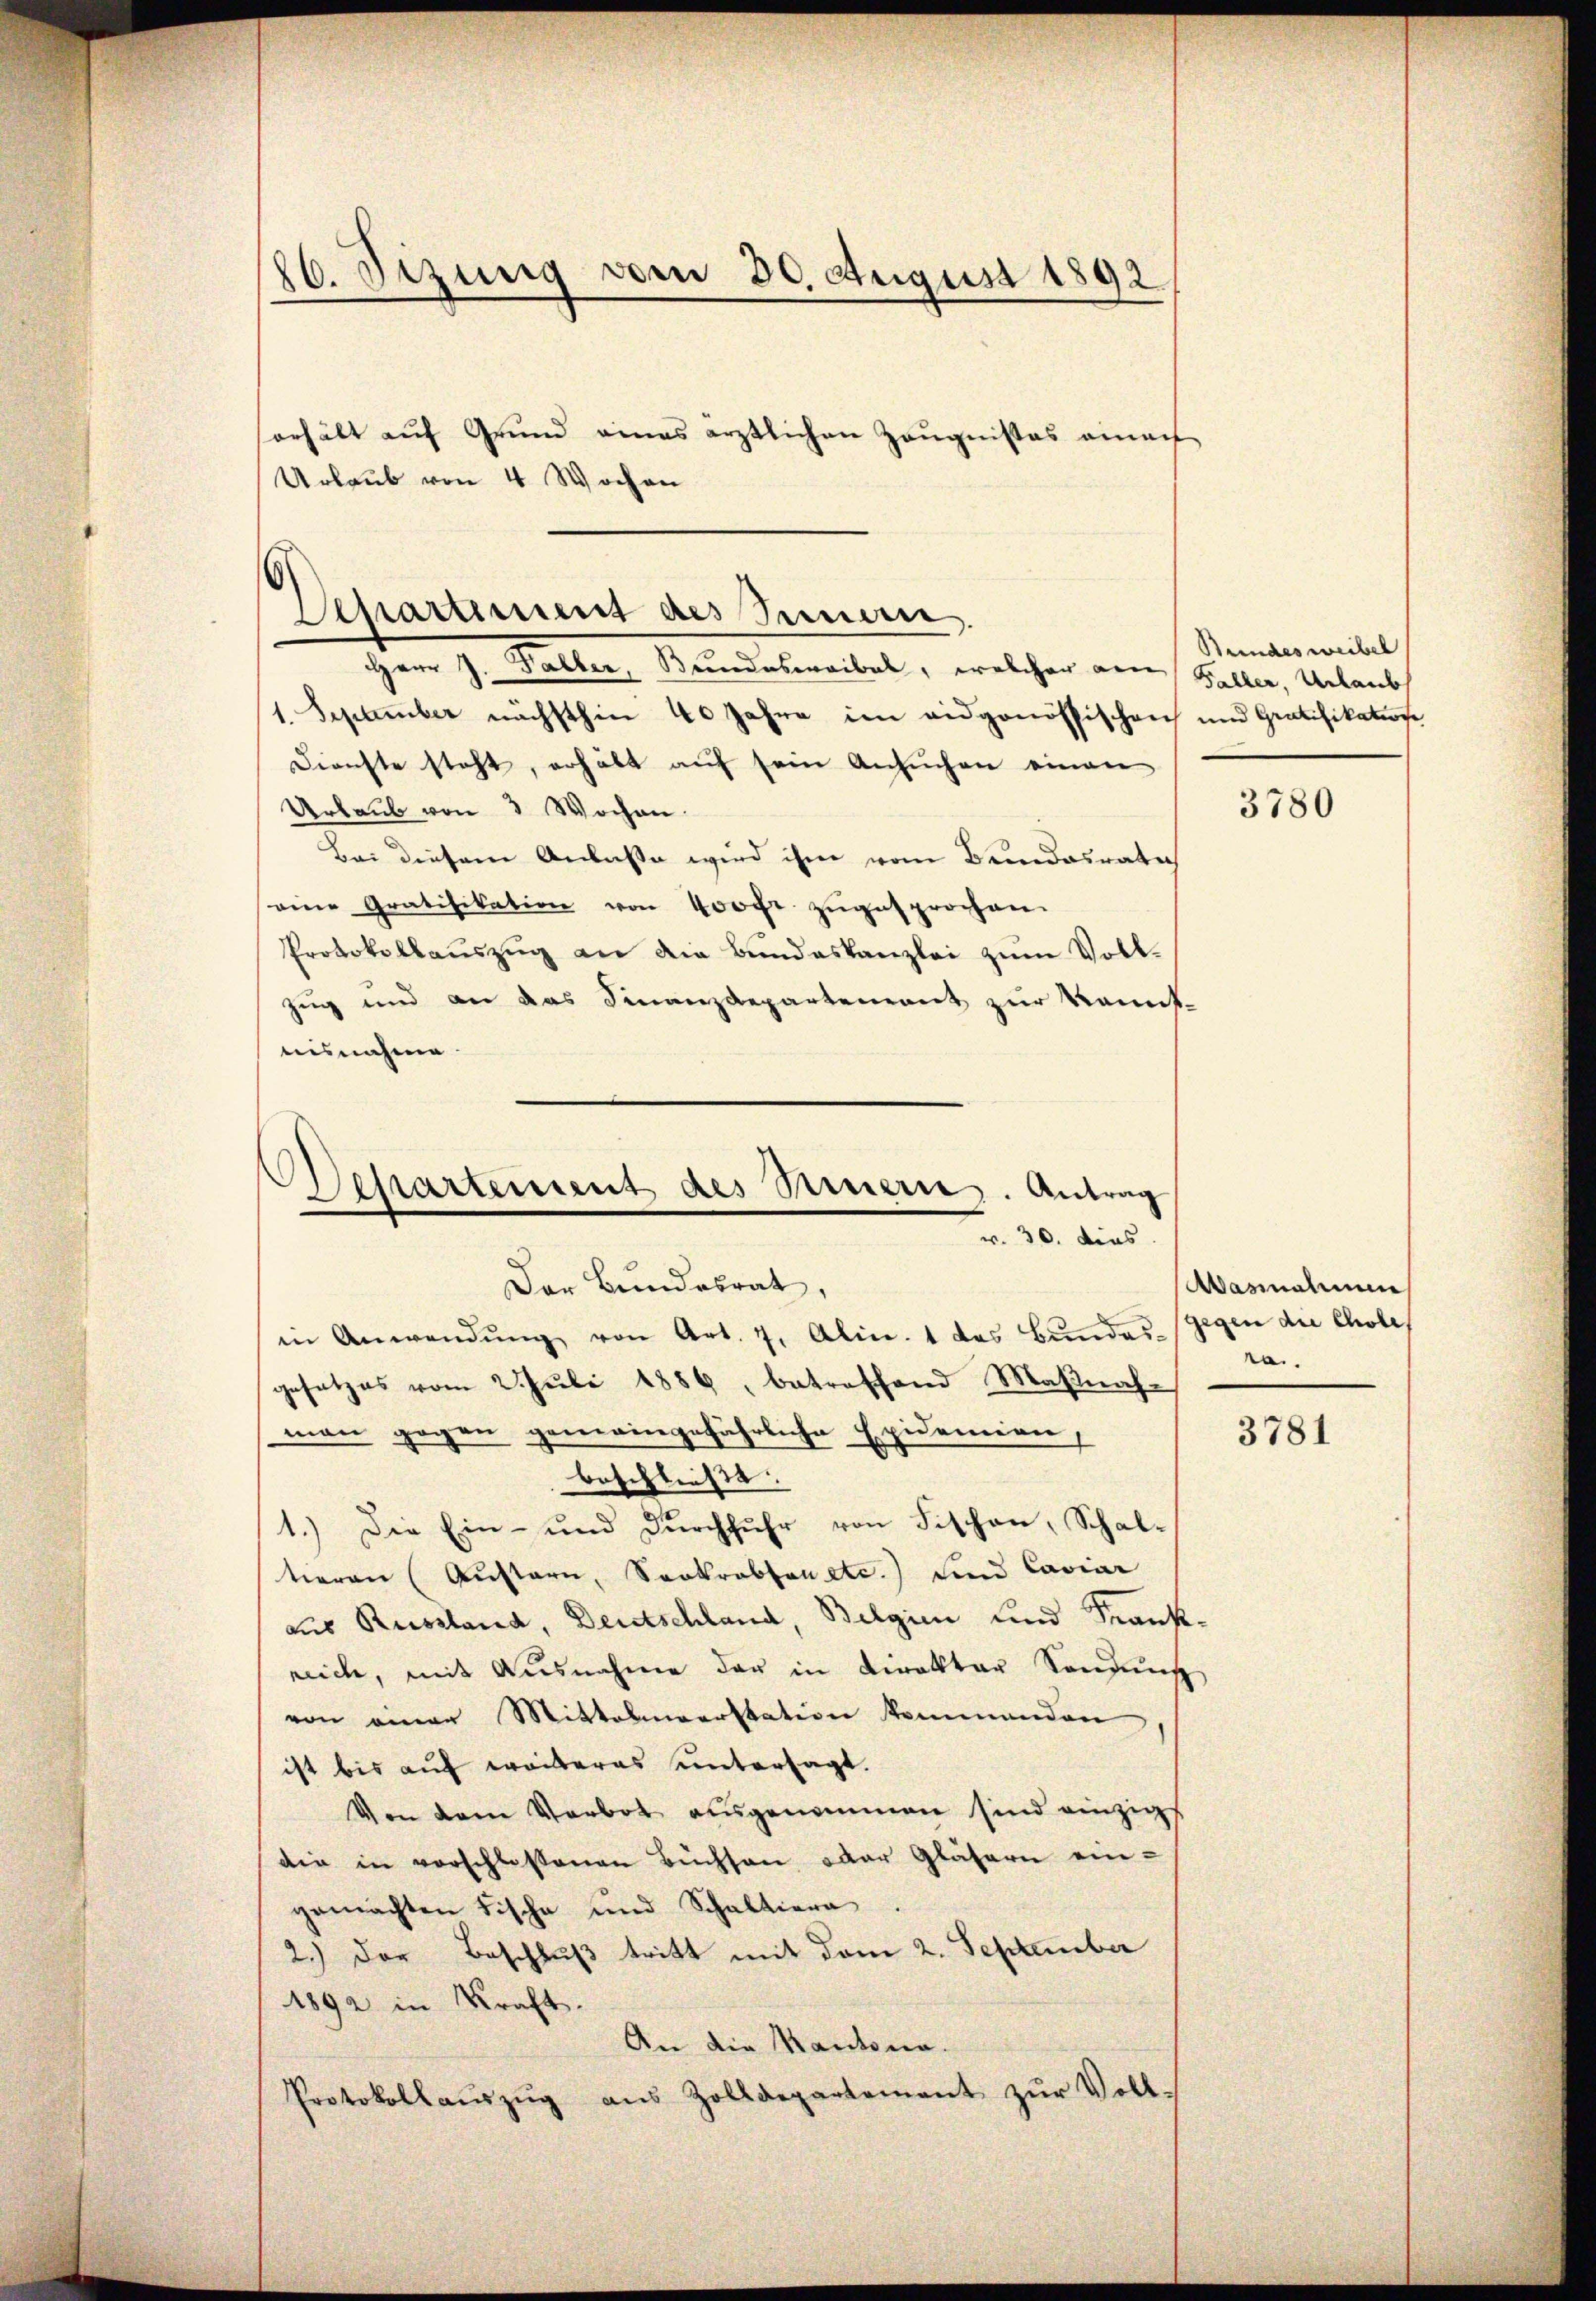
86. Sizung vom 30. August 1892.

Departement des Semen

sorhält aŭf Grund eines ärztlichen Zeugnißes einach
Urlaub von 4 Wochen
Herr J. Falber, Bundeswaibel, welcher am Feller, Urlaubs
1. September nächsthin 40 Jahre im eidgenössischen und Gratifikatione
Dienste steht, erhält aŭf sein Ansŭchen einen
Urlaub von 3 Wochen.
Bei diesem Anlasse wird ihm vom Bundesrate
eine Gratifikation von 400fr. zugesprochen.
Protokollauszug an die Bundeskanzlei zum Voll¬
Zug und an das Finanzdepartement zur Mannis-
uisnahme.

Dessartement des Sinnern. Antrag
 30. dies
Der Bundesrat,

in Anwendŭng von Art. 7. Alin. 1 das Bŭndesgegen die Chole
gesetzes vom 2. Juli 1886, betreffend Maßnahman gegen gemeingefährliche Epidemien,
beschließt.
1.) Die Ein- und Durchfuhr von Fischen, Schal-
tieren (Austern, Sookrobten etc.) und Caviar
aus Russland, Deutschland, Belgien und Krankreich, mit Ausnahme der in Direktor Sonden
von einer Mittelmeerstation kommenden
ist bis auf weiteres untersagt.
Von dem Verbot ausgenommen sind einzigs
die in vorschlossenen Büchsen oder Gläsern ein-
gemachten Fische und Schaltiera.
2.) Der Beschluß tritt mit dem 2. September
1892 in Kraft.
An die Kantona.
Protokollaŭszŭg aŭs Zolldepartement zŭr Voll-

Bundes weibel

3780

Wasmalinen
ra.

3781